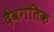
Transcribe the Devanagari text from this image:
दैवगतिक